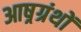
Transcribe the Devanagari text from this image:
आष्रग्रंथों